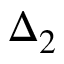
\Delta _ { 2 }